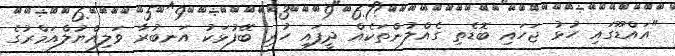
"އައްޑޫގައި ހުޅު ޖަހައި ބޮޑެތި ގެއްލުންތަކެއް ދީފައި ހުރި ބޭފުޅަކު އަނބުރާ ވަލިއްޔުލްއަމްރުގެ